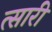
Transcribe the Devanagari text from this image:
त्सारी